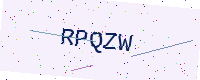
Text: RPQZW